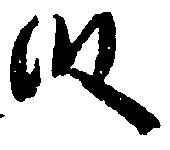
段